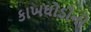
કાખઘોડીની